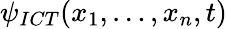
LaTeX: \psi_{ICT}(x_{1},\dots,x_{n},t)